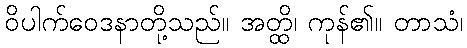
ဝိပါက်ဝေဒနာတို့သည်။ အတ္ထိ၊ ကုန်၏။ တာသံ၊